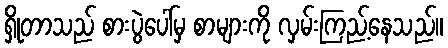
ရှိုတာသည် စားပွဲပေါ်မှ စာများကို လှမ်းကြည့်နေသည်။